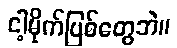
ငါ့မိုက်ပြစ်တွေဘဲ။